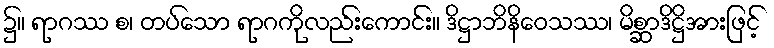
၌။ ရာဂဿ စ၊ တပ်သော ရာဂကိုလည်းကောင်း။ ဒိဋ္ဌာဘိနိဝေသဿ၊ မိစ္ဆာဒိဋ္ဌိအားဖြင့်